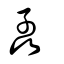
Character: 孨